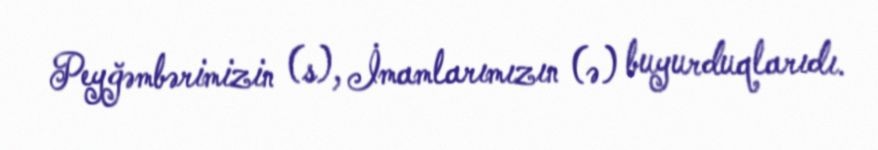
Peyğəmbərimizin (s), İmamlarımızın (ə) buyurduqlarıdı.